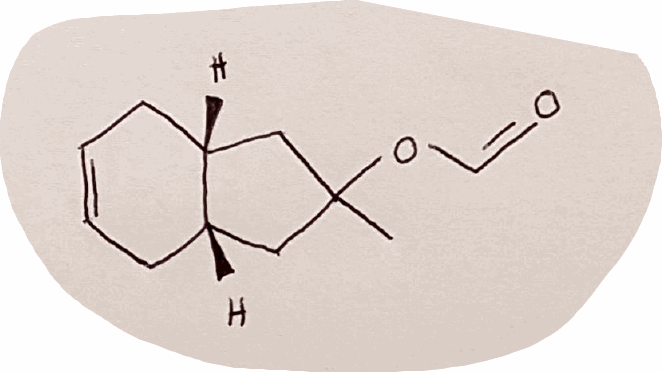
Simplified molecular-input line-entry system (SMILES) notation of the given molecule:
CC1(C[C@H]2CC=CC[C@H]2C1)OC=O